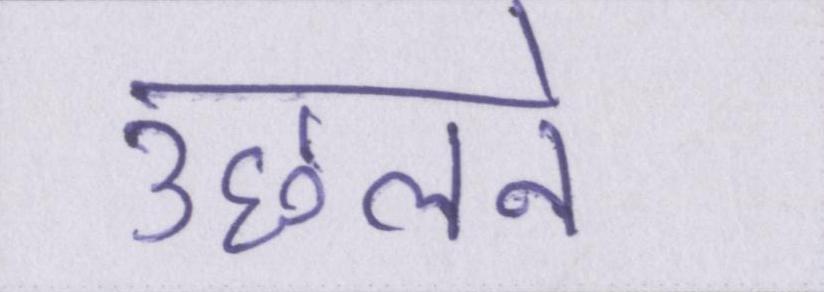
उछलने